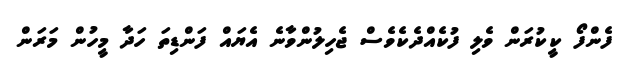
ފެންފޯ ކީކުރަން ވެލި ފުކެއްދެކެވެސް ޖެހިލުންވާނެ އެޔައް ފަންޑިތަ ހަދާ މީހުން މަރަން